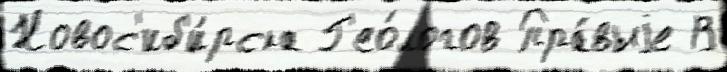
Новос'иб'и́рска Г'ео́логов Пра́выjе В